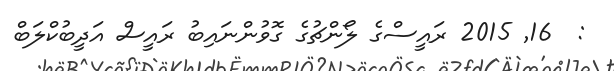
:  16